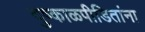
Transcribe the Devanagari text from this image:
दुष्काळपीडितांना